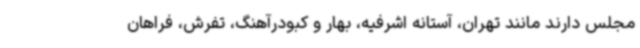
مجلس دارند مانند تهران، آستانه اشرفیه، بهار و کبودرآهنگ، تفرش، فراهان